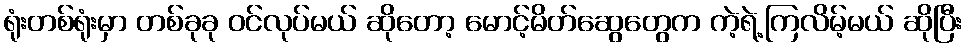
ရုံးတစ်ရုံးမှာ တစ်ခုခု ဝင်လုပ်မယ် ဆိုတော့ မောင့်မိတ်ဆွေတွေက ကဲ့ရဲ့ကြလိမ့်မယ် ဆိုပြီး